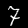
Label: 7